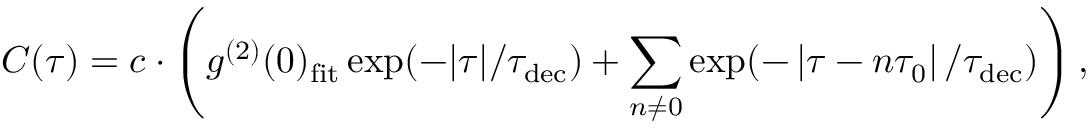
C ( \tau ) = c \cdot \left( g ^ { ( 2 ) } ( 0 ) _ { \mathrm { f i t } } \exp ( - | \tau | / \tau _ { \mathrm { d e c } } ) + \sum _ { n \neq 0 } \exp ( - \left| \tau - n \tau _ { 0 } \right| / \tau _ { \mathrm { d e c } } ) \right) ,